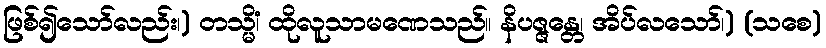
ဖြစ်၍သော်လည်း၊) တသ္မိံ၊ ထိုလူသာမဏေသည်။ နိပဇ္ဇန္တေ၊ အိပ်လသော်၊) (သစေ)